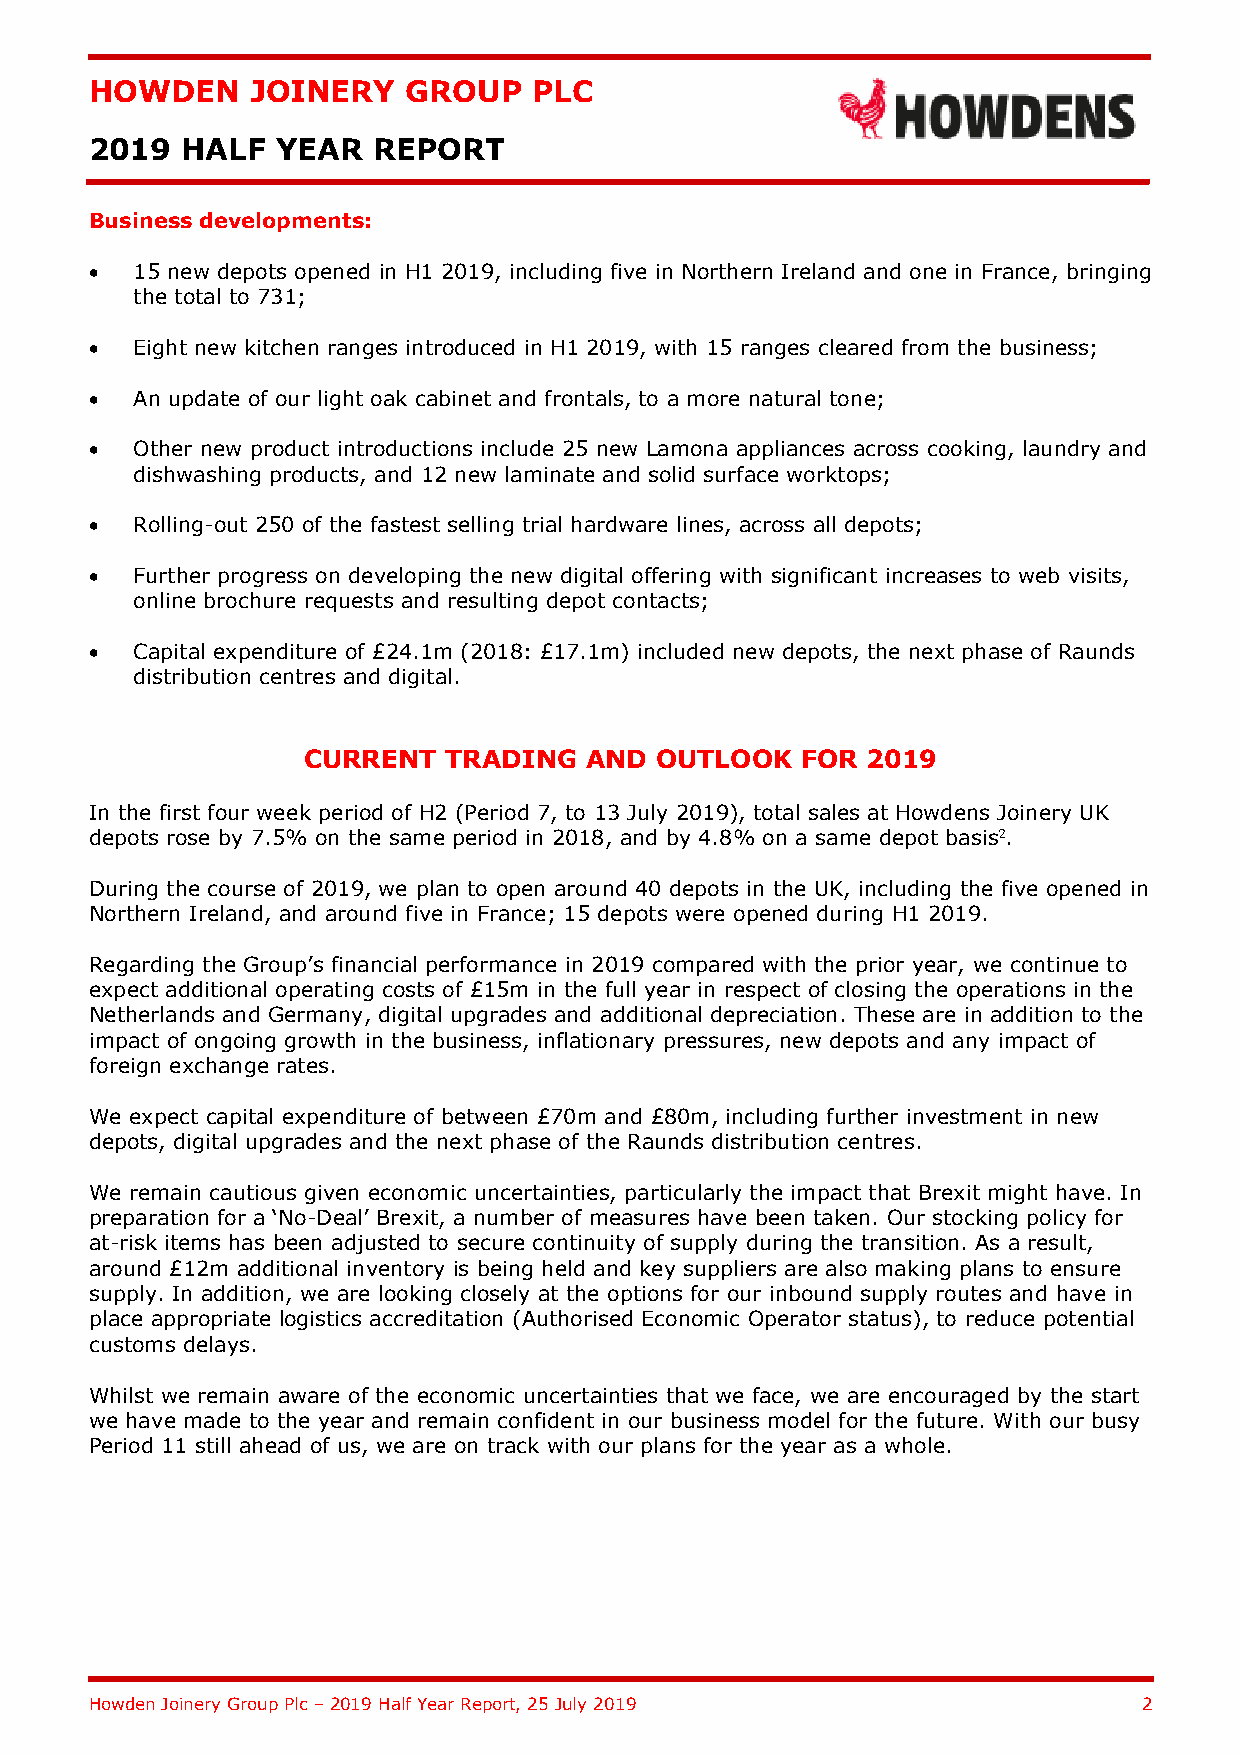
HOWDEN     JOINERY   GROUP   PLC
 2019  HALF  YEAR   REPORT
 Business developments:
 •  15 new depots opened in H1 2019, including five in Northern Ireland and one in France, bringing
 the total to 731;
 •  Eight new kitchen ranges introduced in H1 2019, with 15 ranges cleared from the business;
 •  An update of our light oak cabinet and frontals, to a more natural tone;
 •  Other new product introductions include 25 new Lamona appliances across cooking, laundry and
 dishwashing products, and 12 new laminate and solid surface worktops;
 •  Rolling-out 250 of the fastest selling trial hardware lines, across all depots;
 •  Further progress on developing the new digital offering with significant increases to web visits,
 online brochure requests and resulting depot contacts;
 •  Capital expenditure of £24.1m (2018: £17.1m) included new depots, the next phase of Raunds
 distribution centres and digital.
 CURRENT  TRADING   AND OUTLOOK   FOR 2019
 In the first four week period of H2 (Period 7, to 13 July 2019), total sales at Howdens Joinery UK
 depots rose by 7.5% on the same period in 2018, and by 4.8% on a same depot basis2.
 During the course of 2019, we plan to open around 40 depots in the UK, including the five opened in
 Northern Ireland, and around five in France; 15 depots were opened during H1 2019.
 Regarding the Group’s financial performance in 2019 compared with the prior year, we continue to
 expect additional operating costs of £15m in the full year in respect of closing the operations in the
 Netherlands and Germany, digital upgrades and additional depreciation. These are in addition to the
 impact of ongoing growth in the business, inflationary pressures, new depots and any impact of
 foreign exchange rates.
 We expect capital expenditure of between £70m and £80m, including further investment in new
 depots, digital upgrades and the next phase of the Raunds distribution centres.
 We remain cautious given economic uncertainties, particularly the impact that Brexit might have. In
 preparation for a ‘No-Deal’ Brexit, a number of measures have been taken. Our stocking policy for
 at-risk items has been adjusted to secure continuity of supply during the transition. As a result,
 around £12m additional inventory is being held and key suppliers are also making plans to ensure
 supply. In addition, we are looking closely at the options for our inbound supply routes and have in
 place appropriate logistics accreditation (Authorised Economic Operator status), to reduce potential
 customs delays.
 Whilst we remain aware of the economic uncertainties that we face, we are encouraged by the start
 we have made to the year and remain confident in our business model for the future. With our busy
 Period 11 still ahead of us, we are on track with our plans for the year as a whole.
 Howden Joinery Group Plc – 2019 Half Year Report, 25 July 2019        2